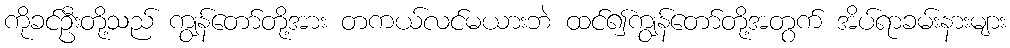
ကိုခင်ဦးတို့သည် ကျွန်တော်တို့အား တကယ်လင်မယားဘဲ ထင်၍ကျွန်တော်တို့အတွက် အိပ်ရာခမ်းနားများ